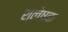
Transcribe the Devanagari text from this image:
श्लेषक